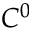
C ^ { 0 }